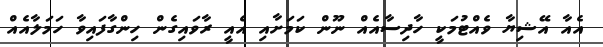
އެއާ އޭޝިޔާ ވެއްޓުމަކީ ހާދިސާއެއް ނޫން ކަމަށާއި އެއީ ރާވައިގެން ހިންގާފައިވާ ހަމަލާއެއް